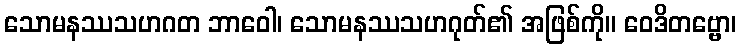
သောမနဿသဟဂတ ဘာဝေါ၊ သောမနဿသဟဂုတ်၏ အဖြစ်ကို။ ဝေဒိတဗ္ဗော၊